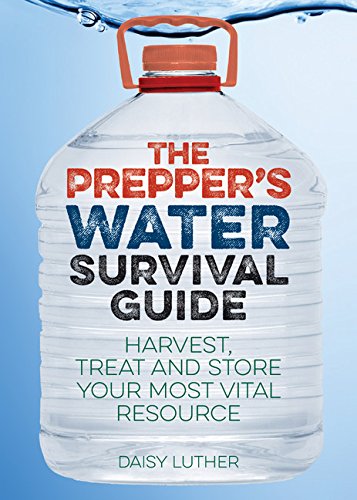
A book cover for The Prepper's Water Survival Guide: Harvest, Treat, and Store Your Most Vital Resource; Daisy Luther; Engineering & Transportation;